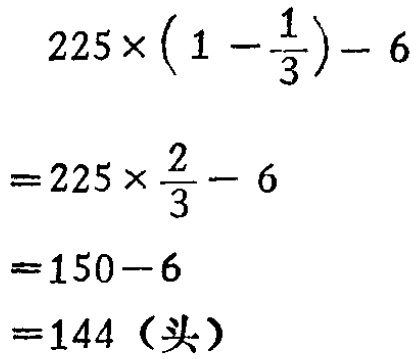
\[

\begin{align*}

&225\times\left(1 - \frac{1}{3}\right)- 6\\

=&225\times\frac{2}{3}- 6\\

=&150 - 6\\

=&144（\text{头}）

\end{align*}

\]